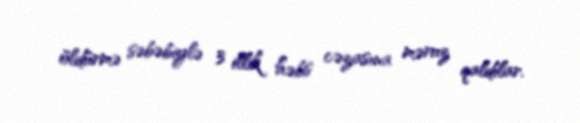
öldürmə səbəbiylə 3 illik həbs cəzasına məruz qaldılar.